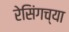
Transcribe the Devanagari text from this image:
रेसिंगच्या